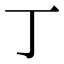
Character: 丁